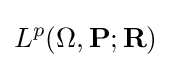
L^{p}(\Omega ,\mathbf {P} ;\mathbf {R} )